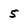
Character: 5